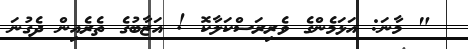
" މާނަ: އަޅަމެންގެ ވެރިރަސްކަލާކޮ ! އަޒާބުގެ ތެރެއިން ދެގުނަ